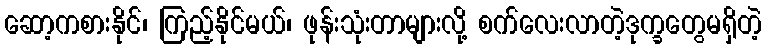
ဆော့ကစားနိုင်၊ ကြည့်နိုင်မယ်၊ ဖုန်းသုံးတာများလို့ စက်လေးလာတဲ့ဒုက္ခတွေမရှိတဲ့